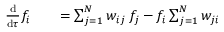
\begin{array} { r l r } { \frac { \mathrm { d } } { \mathrm { d } \tau } f _ { i } } & { { } } & { = \sum _ { j = 1 } ^ { N } w _ { i j } \, f _ { j } - f _ { i } \sum _ { j = 1 } ^ { N } w _ { j i } } \end{array}